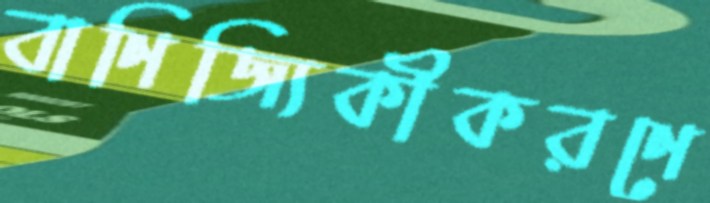
বাণিজ্যিকীকরণে